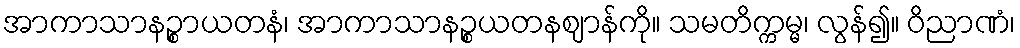
အာကာသာနဉ္စာယတနံ၊ အာကာသာနဉ္စယတနဈာန်ကို။ သမတိက္ကမ္မ၊ လွန်၍။ ဝိညာဏံ၊